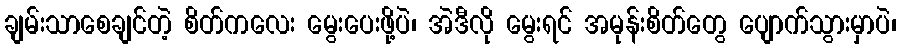
ချမ်းသာစေချင်တဲ့ စိတ်ကလေး မွေးပေးဖို့ပဲ၊ အဲဒီလို မွေးရင် အမုန်းစိတ်တွေ ပျောက်သွားမှာပဲ၊